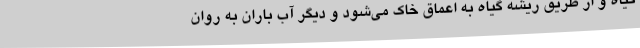
گیاه و از طریق ریشه گیاه به اعماق خاک می‌شود و دیگر آب باران به روان